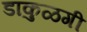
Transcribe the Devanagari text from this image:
डाकुळगी